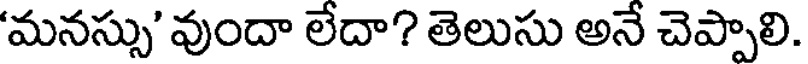
'మనస్సు' వుందా లేదా? తెలుసు అనే చెప్పాలి.